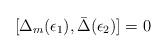
LaTeX: \begin{align*}[\Delta_m (\epsilon_1), \bar\Delta (\epsilon_2)] = 0\end{align*}